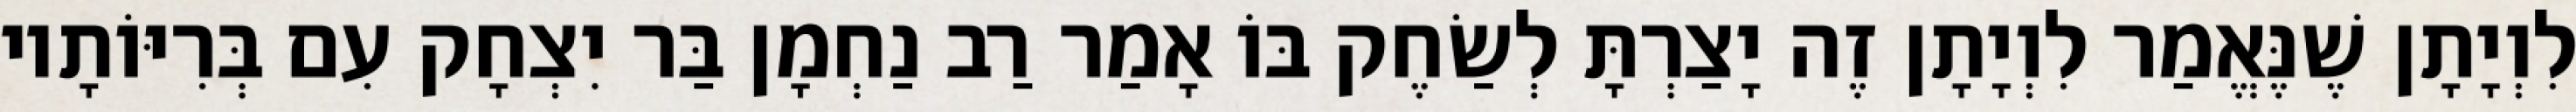
לִוְיָתָן שֶׁנֶּאֱמַר לִוְיָתָן זֶה יָצַרְתָּ לְשַׂחֶק בּוֹ אָמַר רַב נַחְמָן בַּר יִצְחָק עִם בְּרִיּוֹתָיו